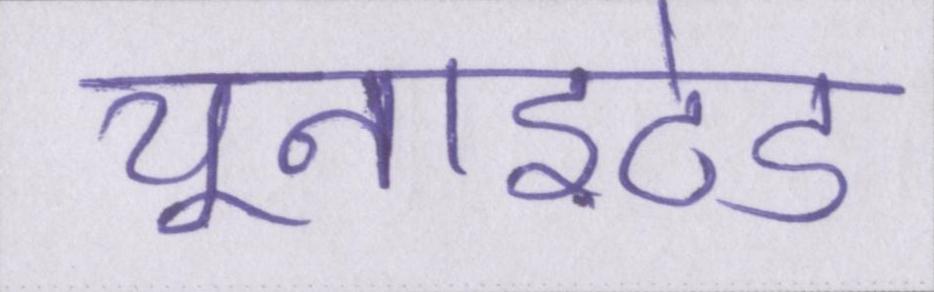
यूनाइटेड